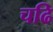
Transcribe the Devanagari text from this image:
चढि